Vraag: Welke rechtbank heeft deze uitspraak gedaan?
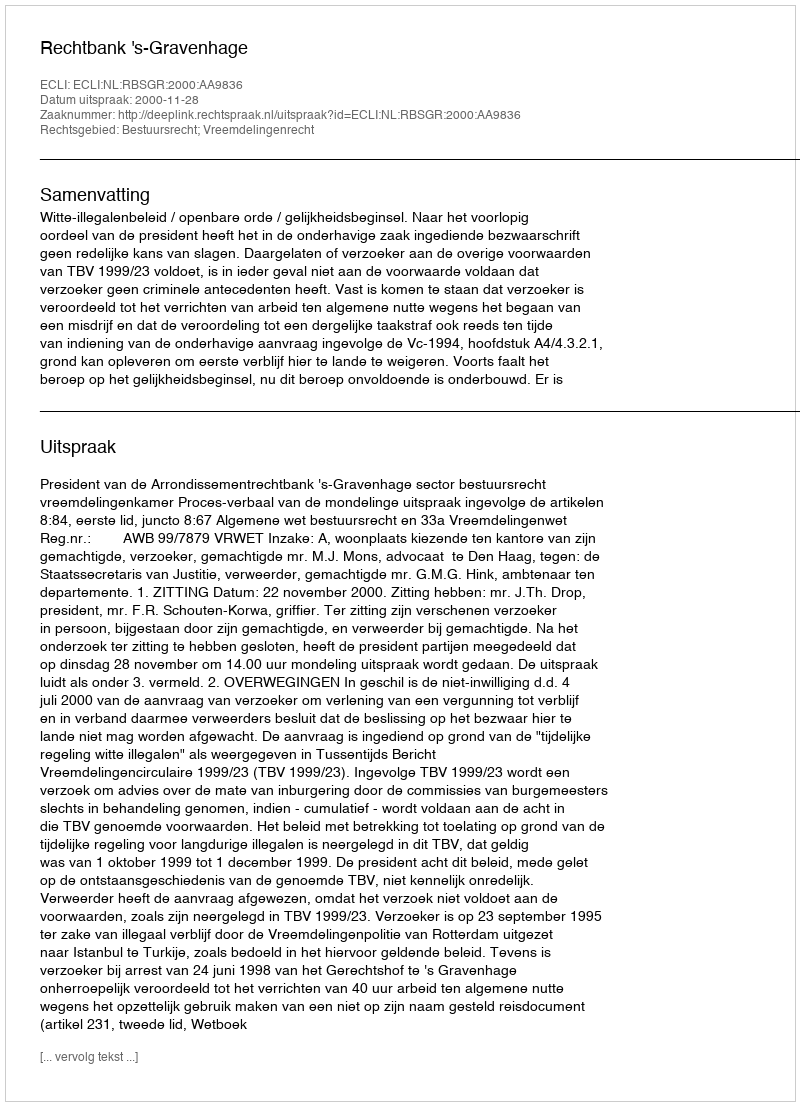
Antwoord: Rechtbank 's-Gravenhage